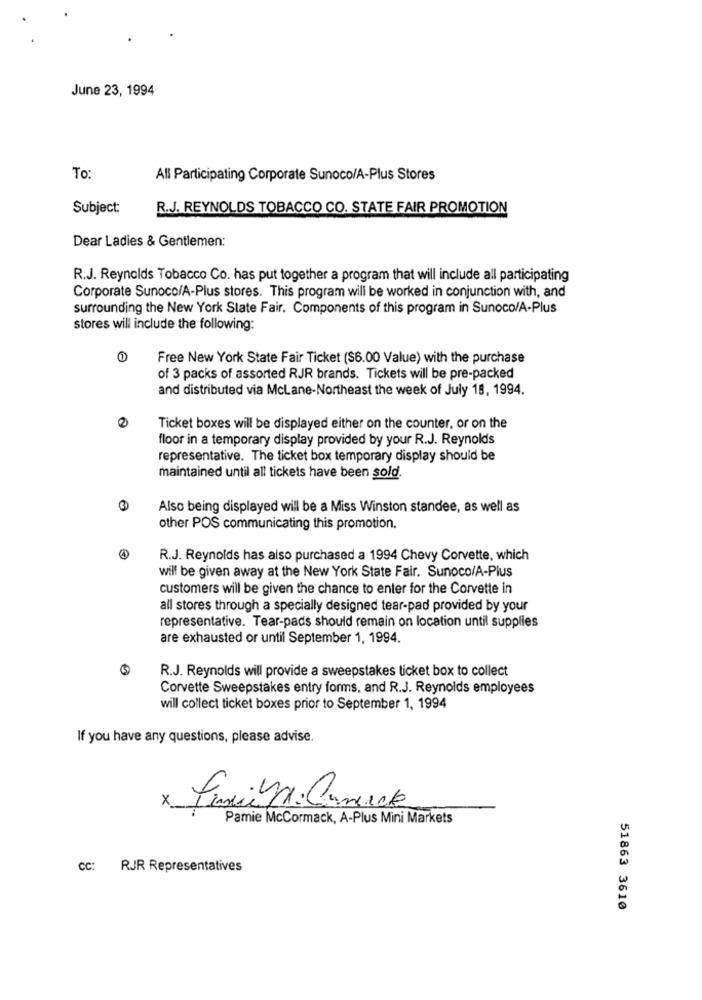
June 23, 1994
To:
All Participating Corporate Sunoco/A-Plus Stores
Subject:
R.J. REYNOLDS TOBACCO CO. STATE FAIR PROMOTION
Dear Ladies & Gentlemen:
R.J. Reynolds Tobacco Co. has put together a program that will include all participating
Corporate Sunoco/A-Plus stores. This program will be worked in conjunction with, and
surrounding the New York State Fair. Components of this program in Sunoco/A-Plus
stores will include the following:
Free New York State Fair Ticket ($6.00 Value) with the purchase
of 3 packs of assorted RJR brands. Tickets will be pre-packed
and distributed via McLane-Northeast the week of July 19, 1994.
Ticket boxes will be displayed either on the counter, or on the
floor in a temporary display provided by your R.J. Reynolds
representative. The ticket box temporary display should be
maintained until all tickets have been sold.
Also being displayed will be a Miss Winston standee, as well as
other POS communicating this promotion.
R.J. Reynolds has also purchased a 1994 Chevy Corvette, which
will be given away at the New York State Fair. Sunoco/A-Plus
customers will be given the chance to enter for the Corvette in
all stores through a specially designed tear-pad provided by your
representative. Tear-pads should remain on location until supplies
are exhausted or until September 1, 1994.
R.J. Reynolds will provide a sweepstakes ticket box to collect
Corvette Sweepstakes entry forms, and R.J. Reynolds employees
will collect ticket boxes prior to September 1, 1994
If you have any questions, please advise.
x
Pension. Comurca
Pamie McCormack, A-Plus Mini Markets
CC: RJR Representatives
51863 3610